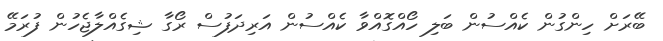
ބޭރަށް ހިންގުން ކެއްސުން ބަލި ހޯއްގޮއްވާ ކެއްސުން އަރިދަފުސް ރޯގާ ޝިގެއްލާޖެހުން ފުރަމޭ